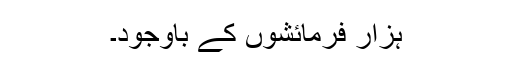
ہزار فرمائشوں کے باوجود۔